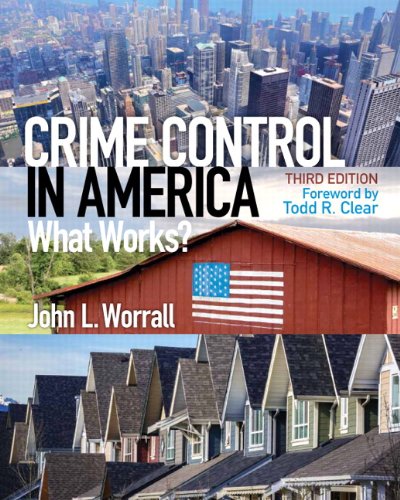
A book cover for Crime Control in America: What Works? (3rd Edition); John L. Worrall; Law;